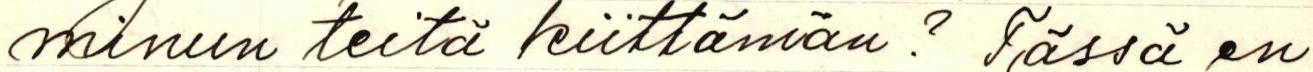
minun teitä kiittämän? Tässä en